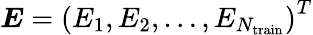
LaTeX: \boldsymbol{E}=\left(E_{1},E_{2},\ldots,E_{{N}_{\mathrm{train}}}\right)^{T}